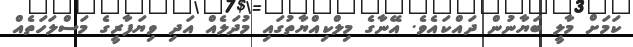
ކަމަށް މާލީ ބަޔާނުން ދައްކައެވެ. އޭނާގެ މިލްކިއްޔާތުގައި މުދަލެއް އަދި ވިޔަފާރީގެ މަސްލަހަތެއް